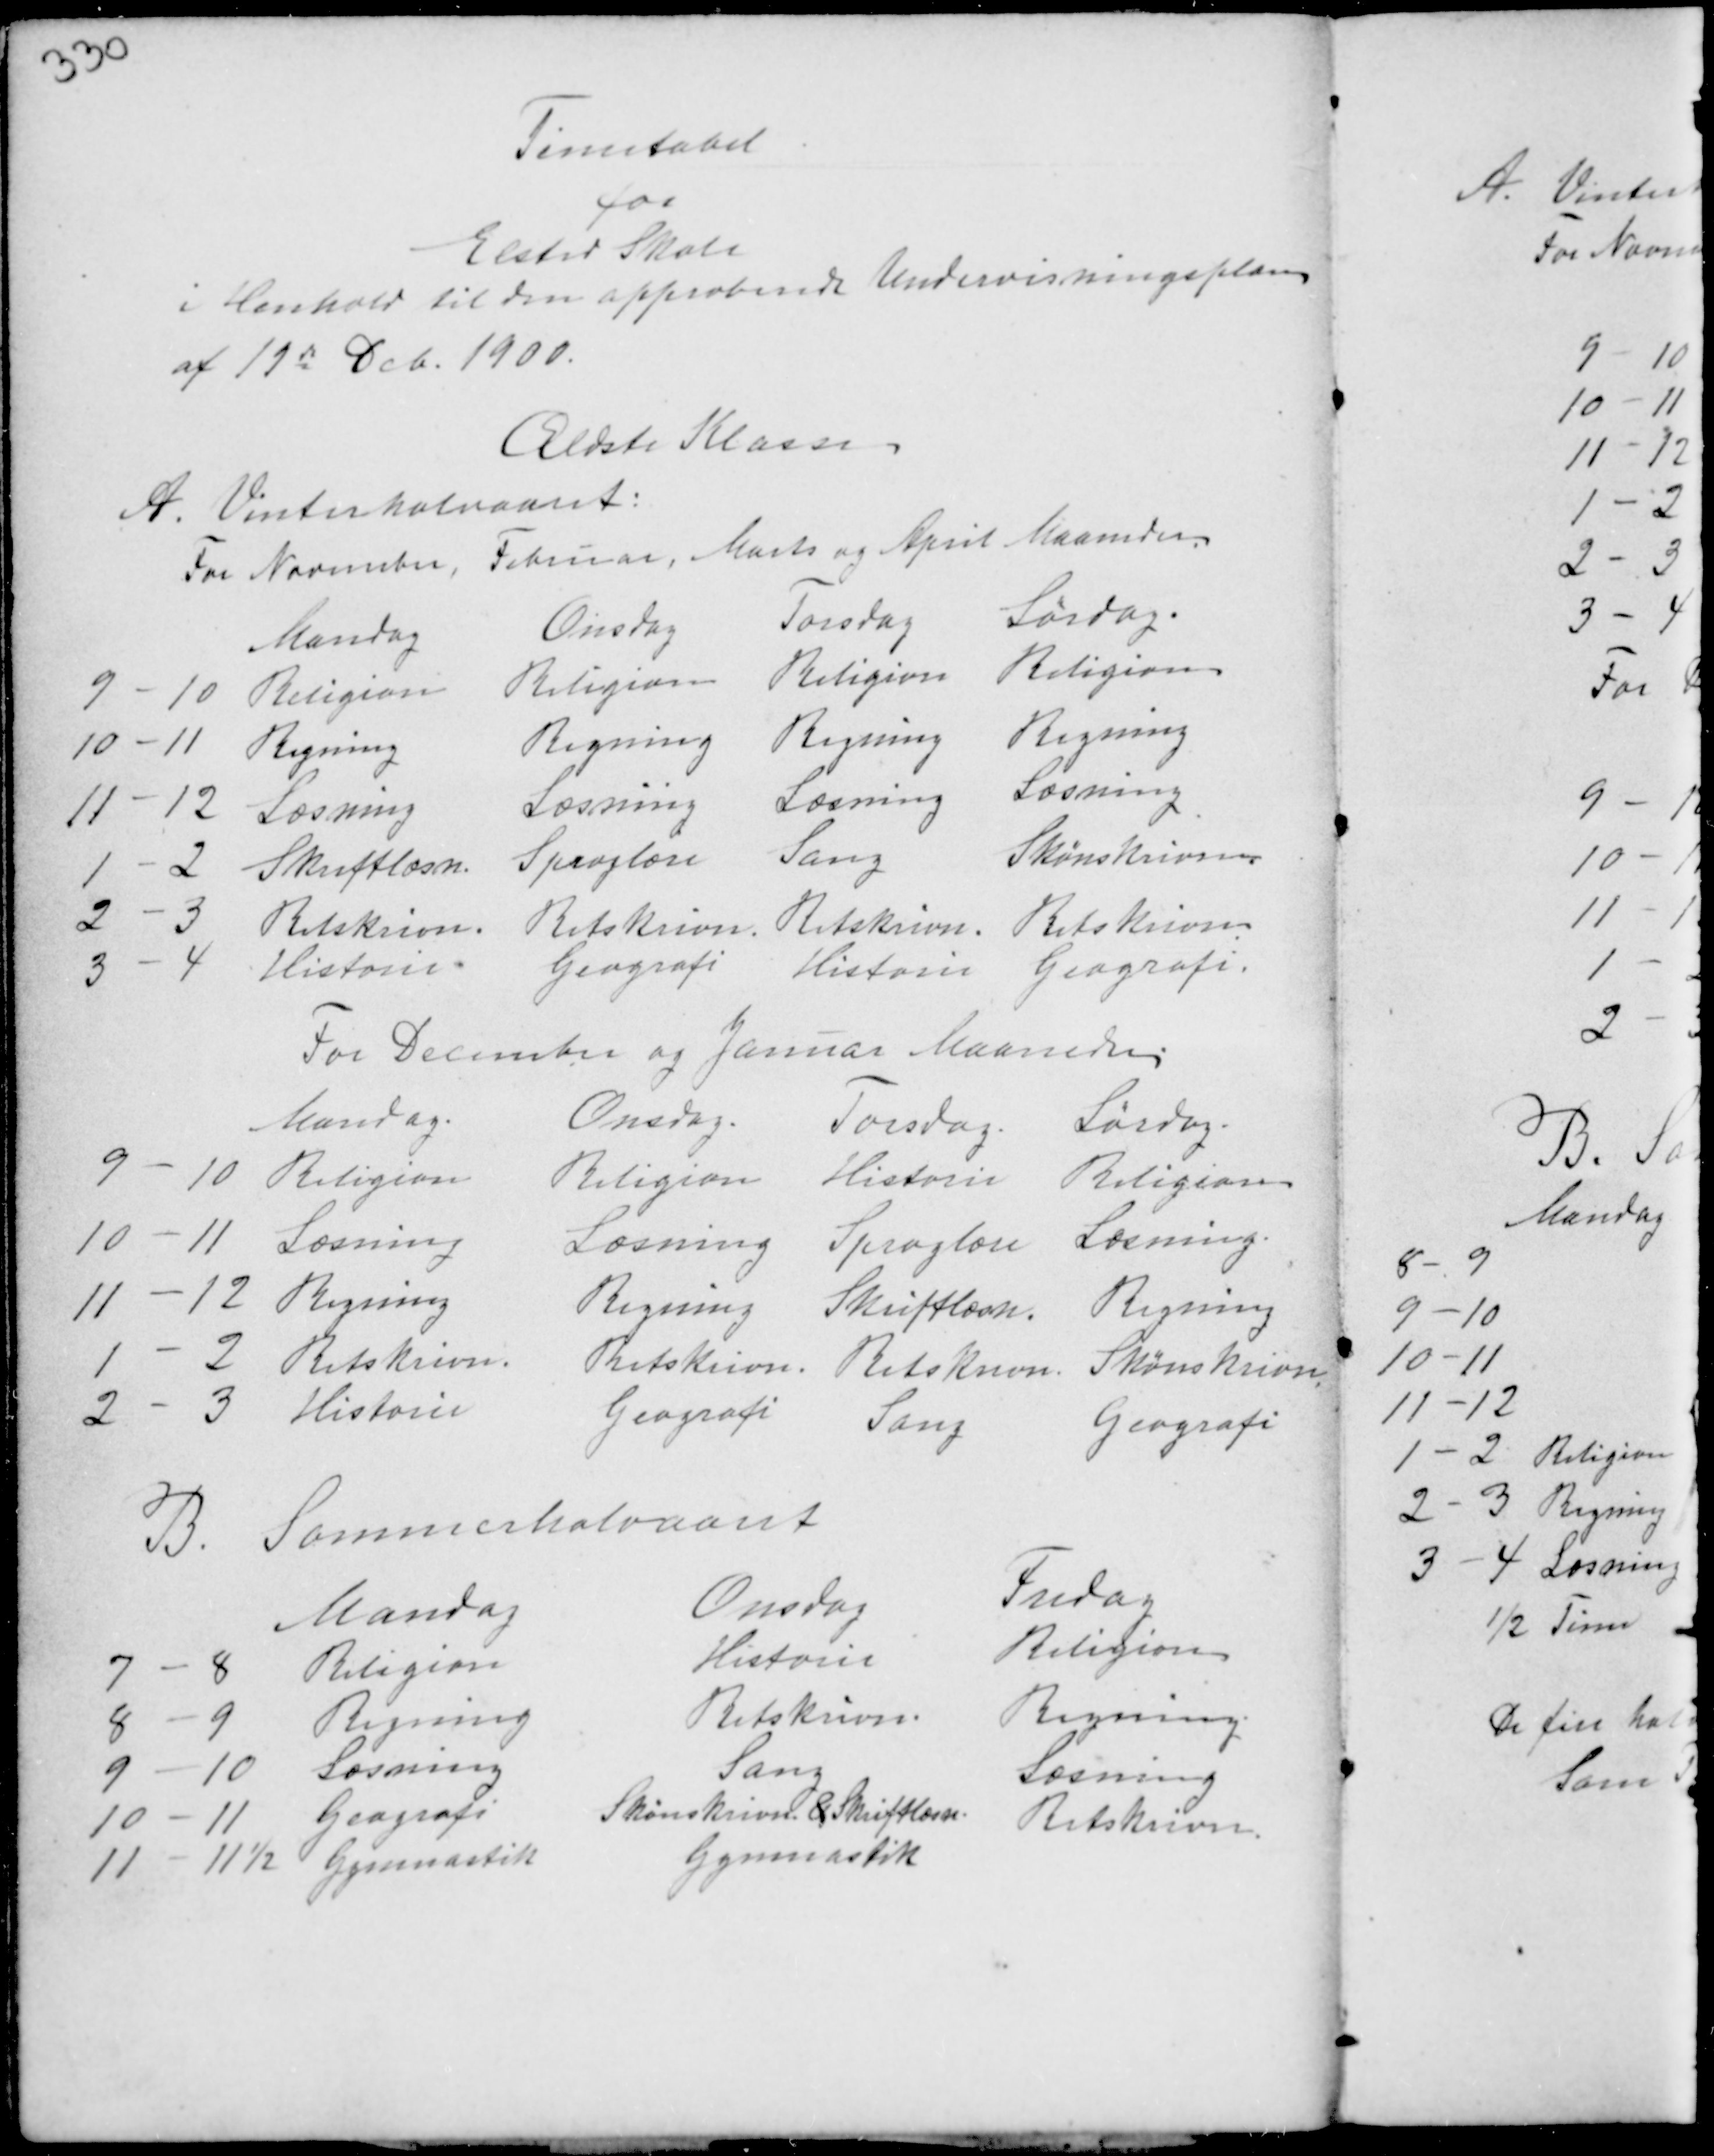
Transskription:
Timetabel
for
Elsted Skole
i Henhold til den approberede Undervisningsplan
af 19de Dec. 1900.

Ældste Klasse
A. Vinterhalvaaret:
For November, Februar, Marts og April Maaneder

For December og Januar Maaneder.

B. Sommerhalvaaret